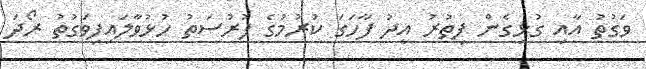
ވަގުތު އާއި ގުޅިގެން ފިތުރު އީދު ފާހަގަ ކުރުމުގެ ފުރުސަތު ހުޅުވާލައިފިވަގުތު ރޯދަ